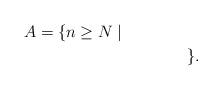
LaTeX: \begin{align*} A = \{n \geq N \mid &\\ &\qquad\qquad\}.\end{align*}